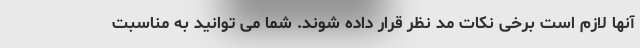
آنها لازم است برخی نکات مد نظر قرار داده شوند. شما می توانید به مناسبت